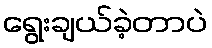
ရွေးချယ်ခဲ့တာပဲ